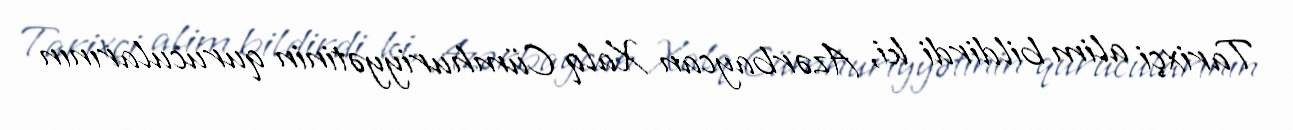
Tarixçi alim bildirdi ki, Azərbaycan Xalq Cümhuriyyətinin qurucularının